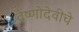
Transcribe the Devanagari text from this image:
वैष्णोदेवीचे